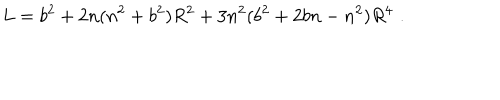
LaTeX: L = b ^ { 2 } + 2 n ( n ^ { 2 } + b ^ { 2 } ) R ^ { 2 } + 3 n ^ { 2 } ( b ^ { 2 } + 2 b n - n ^ { 2 } ) R ^ { 4 } \, \, .